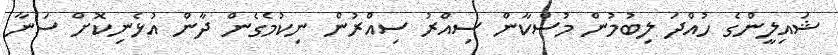
ޝައިލީންގެ ހުއްދަ ލިބުމުން މުސްކާން ސިއްރު ސިއްރުން ނިކުމެގެން ދާން އުޅެނިކޮށް ސަނާ